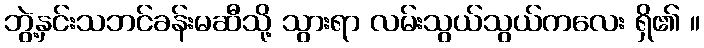
ဘွဲ့နှင်းသဘင်ခန်းမဆီသို့ သွားရာ လမ်းသွယ်သွယ်ကလေး ရှိ၏ ။